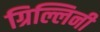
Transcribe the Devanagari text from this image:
ग्रिल्लिनी